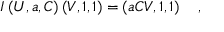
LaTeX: I \left( U , a , C \right) \left( V , 1 , 1 \right) = \left( a C V , 1 , 1 \right) \quad ,